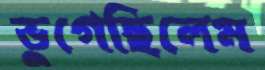
ভুগেছিলেম